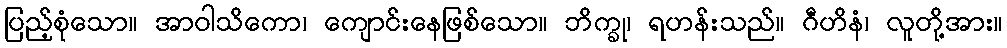
ပြည့်စုံသော။ အာဝါသိကော၊ ကျောင်းနေဖြစ်သော။ ဘိက္ခု၊ ရဟန်းသည်။ ဂီဟိနံ၊ လူတို့အား။